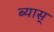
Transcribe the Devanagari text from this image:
ब्यास्